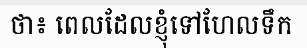
ថា៖ ពេលដែលខ្ញុំទៅហែលទឹក